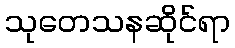
သုတေသနဆိုင်ရာ